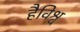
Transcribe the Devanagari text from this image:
हैविश्व